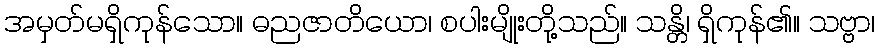
အမှတ်မရှိကုန်သော။ ဓညဇာတိယော၊ စပါးမျိုးတို့သည်။ သန္တိ၊ ရှိကုန်၏။ သဗ္ဗာ၊